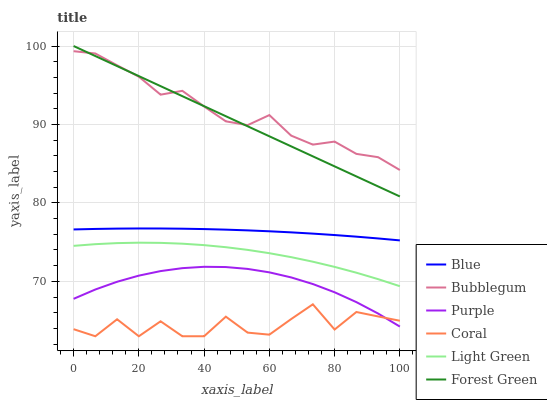
| xaxis_label | Blue | Bubblegum | Purple | Coral | Light Green | Forest Green |
 | --- | --- | --- | --- | --- | --- | --- |
 | 0 | 76.6 | 99.3 | 67.8 | 63.9 | 74.5 | 100 |
 | 6.67 | 76.7 | 99 | 69 | 63 | 74.7 | 98.7 |
 | 13.3 | 76.7 | 97.5 | 69.9 | 65.2 | 74.9 | 97.4 |
 | 20 | 76.7 | 96.1 | 70.7 | 63 | 74.9 | 96.2 |
 | 26.7 | 76.7 | 93.8 | 71.3 | 64.9 | 74.9 | 94.9 |
 | 33.3 | 76.7 | 94.3 | 71.7 | 63 | 74.8 | 93.6 |
 | 40 | 76.7 | 92.3 | 71.9 | 63 | 74.6 | 92.3 |
 | 46.7 | 76.6 | 90.4 | 71.8 | 65.5 | 74.4 | 91 |
 | 53.3 | 76.5 | 89.9 | 71.6 | 63.5 | 74 | 89.8 |
 | 60 | 76.4 | 91.2 | 71.1 | 63.2 | 73.6 | 88.5 |
 | 66.7 | 76.2 | 88.6 | 70.5 | 65.2 | 73.1 | 87.2 |
 | 73.3 | 76.1 | 87.4 | 69.7 | 67.1 | 72.5 | 85.9 |
 | 80 | 75.9 | 87.8 | 68.6 | 63.9 | 71.8 | 84.7 |
 | 86.7 | 75.7 | 86.2 | 67.4 | 66.1 | 71.1 | 83.4 |
 | 93.3 | 75.5 | 85.8 | 65.9 | 65.5 | 70.3 | 82.1 |
 | 100 | 75.2 | 84.2 | 64.2 | 65 | 69.4 | 80.8 |